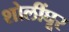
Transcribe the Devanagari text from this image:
शोलींघूर